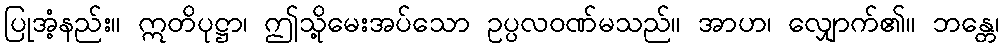
ပြုအံ့နည်း။ ဣတိပုဋ္ဌာ၊ ဤသို့မေးအပ်သော ဥပ္ပလဝဏ်မသည်။ အာဟ၊ လျှောက်၏။ ဘန္တေ၊